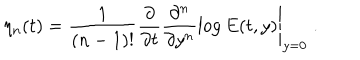
\eta _ { n } ( t ) = \frac { 1 } { ( n - 1 ) ! } \left. \frac { \partial } { \partial t } \frac { \partial ^ { n } } { \partial y ^ { n } } \log { E ( t , y ) } \right| _ { y = 0 } \; .